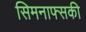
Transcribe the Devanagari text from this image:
सिमनाफ्सकी